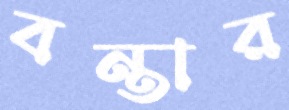
বন্তার